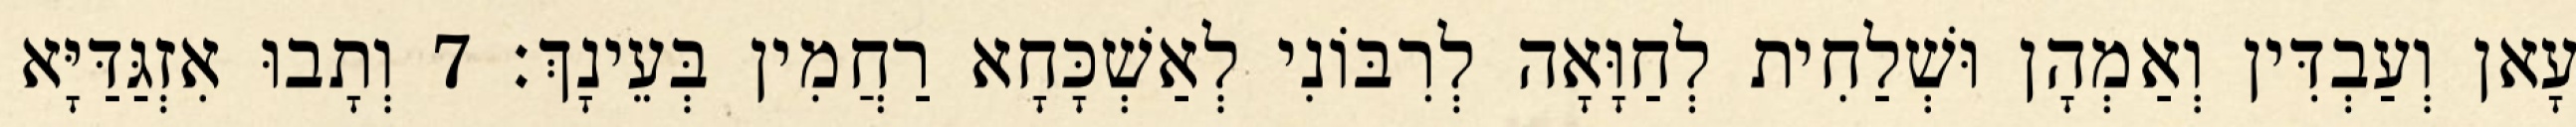
עָאן וְעַבְדִּין וְאַמְהָן וּשְׁלַחִית לְחַוָּאָה לְרִבּוֹנִי לְאַשְׁכָּחָא רַחֲמִין בְּעֵינָךְ׃ 7 וְתָבוּ אִזְגַּדַּיָּא